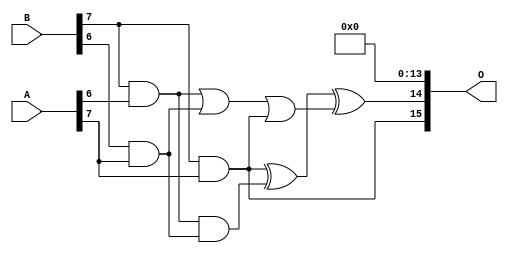
/***
* This code is a part of EvoApproxLib library (ehw.fit.vutbr.cz/approxlib) distributed under The MIT License.
* When used, please cite the following article(s): PRABAKARAN B. S., MRAZEK V., VASICEK Z., SEKANINA L., SHAFIQUE M. ApproxFPGAs: Embracing ASIC-based Approximate Arithmetic Components for FPGA-Based Systems. DAC 2020. 
***/
// MAE% = 0.0008 %
// MAE = 34222 
// WCE% = 0.005 %
// WCE = 213269 
// WCRE% = 103.12 %
// EP% = 99.99 %
// MRE% = 0.049 %
// MSE = 18219.121e5 
// FPGA_POWER = 3.8
// FPGA_DELAY = 16
// FPGA_LUT = 233

module mult8_cgp14ep_ep65536_wc16384_2_csamcsa (
    A,
    B,
    O
);

input [7:0] A;
input [7:0] B;
output [15:0] O;

wire sig_225,sig_267,sig_268,sig_299,sig_300,sig_302,sig_328,sig_331;

assign sig_225 = B[7] & A[6];
assign sig_267 = B[6] & A[7];
assign sig_268 = B[7] & A[7];
assign sig_299 = sig_225 | sig_267;
assign sig_300 = sig_225 & sig_267;
assign sig_302 = sig_299 | sig_268;
assign sig_328 = sig_268 ^ sig_300;
assign sig_331 = sig_328 ^ sig_302;

assign O[15] = sig_268;
assign O[14] = sig_331;
assign O[13] = 1'b0;
assign O[12] = 1'b0;
assign O[11] = 1'b0;
assign O[10] = 1'b0;
assign O[9] = 1'b0;
assign O[8] = 1'b0;
assign O[7] = 1'b0;
assign O[6] = 1'b0;
assign O[5] = 1'b0;
assign O[4] = 1'b0;
assign O[3] = 1'b0;
assign O[2] = 1'b0;
assign O[1] = 1'b0;
assign O[0] = 1'b0;

endmodule

module mult8_cgp14ep_ep64716_wc389_csamrca (
    A,
    B,
    O
);

input [7:0] A;
input [7:0] B;
output [15:0] O;

wire sig_23,sig_30,sig_31,sig_43,sig_44,sig_45,sig_47,sig_51,sig_52,sig_53,sig_79,sig_80,sig_81,sig_82,sig_83,sig_84,sig_85,sig_87,sig_88,sig_93;
wire sig_94,sig_95,sig_96,sig_117,sig_118,sig_122,sig_123,sig_124,sig_125,sig_126,sig_127,sig_128,sig_129,sig_130,sig_131,sig_136,sig_137,sig_138,sig_139,sig_157;
wire sig_158,sig_160,sig_161,sig_162,sig_163,sig_164,sig_165,sig_166,sig_167,sig_168,sig_169,sig_170,sig_171,sig_172,sig_173,sig_174,sig_177,sig_178,sig_179,sig_180;
wire sig_181,sig_182,sig_193,sig_194,sig_198,sig_199,sig_200,sig_201,sig_202,sig_203,sig_204,sig_205,sig_206,sig_207,sig_208,sig_209,sig_210,sig_211,sig_212,sig_213;
wire sig_214,sig_215,sig_216,sig_217,sig_220,sig_221,sig_222,sig_223,sig_224,sig_225,sig_235,sig_236,sig_237,sig_238,sig_239,sig_240,sig_241,sig_242,sig_243,sig_244;
wire sig_245,sig_246,sig_247,sig_248,sig_249,sig_250,sig_251,sig_252,sig_253,sig_254,sig_255,sig_256,sig_257,sig_258,sig_259,sig_260,sig_261,sig_262,sig_263,sig_264;
wire sig_265,sig_266,sig_267,sig_268,sig_274,sig_275,sig_276,sig_277,sig_278,sig_279,sig_280,sig_281,sig_282,sig_283,sig_284,sig_285,sig_286,sig_287,sig_288,sig_289;
wire sig_290,sig_291,sig_292,sig_293,sig_294,sig_295,sig_296,sig_297,sig_298,sig_299,sig_300,sig_301,sig_302,sig_303,sig_306,sig_307,sig_310,sig_311,sig_312,sig_313;
wire sig_314,sig_315,sig_316,sig_317,sig_318,sig_319,sig_320,sig_321,sig_322,sig_323,sig_324,sig_325,sig_326,sig_327,sig_328,sig_329,sig_330,sig_331,sig_332,sig_333;
wire sig_334,sig_335;

assign sig_23 = B[7] & A[0];
assign sig_30 = B[6] & A[1];
assign sig_31 = B[7] & A[1];
assign sig_43 = B[1] & A[6];
assign sig_44 = sig_23 | sig_30;
assign sig_45 = sig_23 & sig_30;
assign sig_47 = B[3] & A[4];
assign sig_51 = B[5] & A[2];
assign sig_52 = B[6] & A[2];
assign sig_53 = B[7] & A[2];
assign sig_79 = sig_44 ^ sig_51;
assign sig_80 = sig_44 & sig_51;
assign sig_81 = sig_79 & sig_43;
assign sig_82 = sig_79 ^ sig_43;
assign sig_83 = sig_80 | sig_81;
assign sig_84 = sig_31 ^ sig_52;
assign sig_85 = sig_31 & sig_52;
assign sig_87 = sig_84 ^ sig_45;
assign sig_88 = sig_85 | sig_45;
assign sig_93 = B[4] & A[3];
assign sig_94 = B[5] & A[3];
assign sig_95 = B[6] & A[3];
assign sig_96 = B[7] & A[3];
assign sig_117 = sig_82 | sig_93;
assign sig_118 = sig_82 & sig_93;
assign sig_122 = sig_87 ^ sig_94;
assign sig_123 = sig_87 & sig_94;
assign sig_124 = sig_122 & sig_83;
assign sig_125 = sig_122 ^ sig_83;
assign sig_126 = sig_123 | sig_124;
assign sig_127 = sig_53 ^ sig_95;
assign sig_128 = sig_53 & sig_95;
assign sig_129 = sig_127 & sig_88;
assign sig_130 = sig_127 ^ sig_88;
assign sig_131 = sig_128 | sig_129;
assign sig_136 = B[4] & A[4];
assign sig_137 = B[5] & A[4];
assign sig_138 = B[6] & A[4];
assign sig_139 = B[7] & A[4];
assign sig_157 = sig_117 & sig_47;
assign sig_158 = sig_117 | sig_47;
assign sig_160 = sig_125 ^ sig_136;
assign sig_161 = sig_125 & sig_136;
assign sig_162 = sig_160 & sig_118;
assign sig_163 = sig_160 ^ sig_118;
assign sig_164 = sig_161 | sig_162;
assign sig_165 = sig_130 ^ sig_137;
assign sig_166 = sig_130 & sig_137;
assign sig_167 = sig_165 & sig_126;
assign sig_168 = sig_165 ^ sig_126;
assign sig_169 = sig_166 | sig_167;
assign sig_170 = sig_96 ^ sig_138;
assign sig_171 = sig_96 & sig_138;
assign sig_172 = sig_170 & sig_131;
assign sig_173 = sig_170 ^ sig_131;
assign sig_174 = sig_171 | sig_172;
assign sig_177 = B[2] & A[5];
assign sig_178 = B[3] & A[5];
assign sig_179 = B[4] & A[5];
assign sig_180 = B[5] & A[5];
assign sig_181 = B[6] & A[5];
assign sig_182 = B[7] & A[5];
assign sig_193 = sig_158 | sig_177;
assign sig_194 = sig_158 & sig_177;
assign sig_198 = sig_163 ^ sig_178;
assign sig_199 = sig_163 & sig_178;
assign sig_200 = sig_198 & sig_157;
assign sig_201 = sig_198 ^ sig_157;
assign sig_202 = sig_199 | sig_200;
assign sig_203 = sig_168 ^ sig_179;
assign sig_204 = sig_168 & sig_179;
assign sig_205 = sig_203 & sig_164;
assign sig_206 = sig_203 ^ sig_164;
assign sig_207 = sig_204 | sig_205;
assign sig_208 = sig_173 ^ sig_180;
assign sig_209 = sig_173 & sig_180;
assign sig_210 = sig_208 & sig_169;
assign sig_211 = sig_208 ^ sig_169;
assign sig_212 = sig_209 | sig_210;
assign sig_213 = sig_139 ^ sig_181;
assign sig_214 = sig_139 & sig_181;
assign sig_215 = sig_213 & sig_174;
assign sig_216 = sig_213 ^ sig_174;
assign sig_217 = sig_214 | sig_215;
assign sig_220 = B[2] & A[6];
assign sig_221 = B[3] & A[6];
assign sig_222 = B[4] & A[6];
assign sig_223 = B[5] & A[6];
assign sig_224 = B[6] & A[6];
assign sig_225 = B[7] & A[6];
assign sig_235 = sig_223 | sig_193;
assign sig_236 = sig_201 ^ sig_220;
assign sig_237 = sig_201 & sig_220;
assign sig_238 = sig_236 & sig_194;
assign sig_239 = sig_236 ^ sig_194;
assign sig_240 = sig_237 | sig_238;
assign sig_241 = sig_206 ^ sig_221;
assign sig_242 = sig_206 & sig_221;
assign sig_243 = sig_241 & sig_202;
assign sig_244 = sig_241 ^ sig_202;
assign sig_245 = sig_242 | sig_243;
assign sig_246 = sig_211 ^ sig_222;
assign sig_247 = sig_211 & sig_222;
assign sig_248 = sig_246 & sig_207;
assign sig_249 = sig_246 ^ sig_207;
assign sig_250 = sig_247 | sig_248;
assign sig_251 = sig_216 ^ sig_223;
assign sig_252 = sig_216 & sig_223;
assign sig_253 = sig_251 & sig_212;
assign sig_254 = sig_251 ^ sig_212;
assign sig_255 = sig_252 | sig_253;
assign sig_256 = sig_182 ^ sig_224;
assign sig_257 = sig_182 & sig_224;
assign sig_258 = sig_256 & sig_217;
assign sig_259 = sig_256 ^ sig_217;
assign sig_260 = sig_257 | sig_258;
assign sig_261 = B[0] & A[7];
assign sig_262 = B[1] & A[7];
assign sig_263 = B[2] & A[7];
assign sig_264 = B[3] & A[7];
assign sig_265 = B[4] & A[7];
assign sig_266 = B[5] & A[7];
assign sig_267 = B[6] & A[7];
assign sig_268 = B[7] & A[7];
assign sig_274 = sig_239 ^ sig_262;
assign sig_275 = sig_239 & sig_262;
assign sig_276 = sig_274 & sig_235;
assign sig_277 = sig_274 ^ sig_235;
assign sig_278 = sig_275 | sig_276;
assign sig_279 = sig_244 ^ sig_263;
assign sig_280 = sig_244 & sig_263;
assign sig_281 = sig_279 & sig_240;
assign sig_282 = sig_279 ^ sig_240;
assign sig_283 = sig_280 | sig_281;
assign sig_284 = sig_249 ^ sig_264;
assign sig_285 = sig_249 & sig_264;
assign sig_286 = sig_284 & sig_245;
assign sig_287 = sig_284 ^ sig_245;
assign sig_288 = sig_285 | sig_286;
assign sig_289 = sig_254 ^ sig_265;
assign sig_290 = sig_254 & sig_265;
assign sig_291 = sig_289 & sig_250;
assign sig_292 = sig_289 ^ sig_250;
assign sig_293 = sig_290 | sig_291;
assign sig_294 = sig_259 ^ sig_266;
assign sig_295 = sig_259 & sig_266;
assign sig_296 = sig_294 & sig_255;
assign sig_297 = sig_294 ^ sig_255;
assign sig_298 = sig_295 | sig_296;
assign sig_299 = sig_225 ^ sig_267;
assign sig_300 = sig_225 & sig_267;
assign sig_301 = sig_299 & sig_260;
assign sig_302 = sig_299 ^ sig_260;
assign sig_303 = sig_300 | sig_301;
assign sig_306 = sig_282 ^ sig_278;
assign sig_307 = sig_282 & sig_278;
assign sig_310 = sig_307 & sig_282;
assign sig_311 = sig_287 ^ sig_283;
assign sig_312 = sig_287 & sig_283;
assign sig_313 = sig_311 & sig_307;
assign sig_314 = sig_311 ^ sig_310;
assign sig_315 = sig_312 | sig_313;
assign sig_316 = sig_292 ^ sig_288;
assign sig_317 = sig_292 & sig_288;
assign sig_318 = sig_316 & sig_315;
assign sig_319 = sig_316 ^ sig_315;
assign sig_320 = sig_317 | sig_318;
assign sig_321 = sig_297 ^ sig_293;
assign sig_322 = sig_297 & sig_293;
assign sig_323 = sig_321 & sig_320;
assign sig_324 = sig_321 ^ sig_320;
assign sig_325 = sig_322 | sig_323;
assign sig_326 = sig_302 ^ sig_298;
assign sig_327 = sig_302 & sig_298;
assign sig_328 = sig_326 & sig_325;
assign sig_329 = sig_326 ^ sig_325;
assign sig_330 = sig_327 | sig_328;
assign sig_331 = sig_268 ^ sig_303;
assign sig_332 = A[7] & sig_303;
assign sig_333 = sig_331 & sig_330;
assign sig_334 = sig_331 ^ sig_330;
assign sig_335 = sig_332 | sig_333;

assign O[15] = sig_335;
assign O[14] = sig_334;
assign O[13] = sig_329;
assign O[12] = sig_324;
assign O[11] = sig_319;
assign O[10] = sig_314;
assign O[9] = sig_306;
assign O[8] = sig_277;
assign O[7] = sig_261;
assign O[6] = sig_52;
assign O[5] = 1'b0;
assign O[4] = sig_204;
assign O[3] = sig_268;
assign O[2] = sig_82;
assign O[1] = 1'b0;
assign O[0] = sig_181;

endmodule


module trun8_tam00b ( A, B, O );
  input [7:0] A;
  input [7:0] B;
  output [15:0] O;

  wire C_1_0,C_1_1,C_1_2,C_1_3,C_1_4,C_1_5,C_1_6,C_2_0,C_2_1,C_2_2,C_2_3,C_2_4,C_2_5,C_2_6,C_3_0,C_3_1,C_3_2,C_3_3,C_3_4,C_3_5,C_3_6,C_4_0,C_4_1,C_4_2,C_4_3,C_4_4,C_4_5,C_4_6,C_5_0,C_5_1,C_5_2,C_5_3,C_5_4,C_5_5,C_5_6,C_6_0,C_6_1,C_6_2,C_6_3,C_6_4,C_6_5,C_6_6,C_7_0,C_7_1,C_7_2,C_7_3,C_7_4,C_7_5,C_7_6,S_0_0,S_0_1,S_0_2,S_0_3,S_0_4,S_0_5,S_0_6,S_0_7,S_1_0,S_1_1,S_1_2,S_1_3,S_1_4,S_1_5,S_1_6,S_1_7,S_2_0,S_2_1,S_2_2,S_2_3,S_2_4,S_2_5,S_2_6,S_2_7,S_3_0,S_3_1,S_3_2,S_3_3,S_3_4,S_3_5,S_3_6,S_3_7,S_4_0,S_4_1,S_4_2,S_4_3,S_4_4,S_4_5,S_4_6,S_4_7,S_5_0,S_5_1,S_5_2,S_5_3,S_5_4,S_5_5,S_5_6,S_5_7,S_6_0,S_6_1,S_6_2,S_6_3,S_6_4,S_6_5,S_6_6,S_6_7,S_7_0,S_7_1,S_7_2,S_7_3,S_7_4,S_7_5,S_7_6,S_7_7,S_8_0,S_8_1,S_8_2,S_8_3,S_8_4,S_8_5,S_8_6,S_8_7;

  assign S_0_0 = (A[0] & B[0]);
  assign S_0_1 = (A[0] & B[1]);
  assign S_0_2 = (A[0] & B[2]);
  assign S_0_3 = (A[0] & B[3]);
  assign S_0_4 = (A[0] & B[4]);
  assign S_0_5 = (A[0] & B[5]);
  assign S_0_6 = (A[0] & B[6]);
  assign S_0_7 = (A[0] & B[7]);
  PDKGENHAX1 U13609 (.A(S_0_1), .B((A[1] & B[0])), .YS(S_1_0), .YC(C_1_0));
  PDKGENHAX1 U13610 (.A(S_0_2), .B((A[1] & B[1])), .YS(S_1_1), .YC(C_1_1));
  PDKGENHAX1 U13611 (.A(S_0_3), .B((A[1] & B[2])), .YS(S_1_2), .YC(C_1_2));
  PDKGENHAX1 U13612 (.A(S_0_4), .B((A[1] & B[3])), .YS(S_1_3), .YC(C_1_3));
  PDKGENHAX1 U13613 (.A(S_0_5), .B((A[1] & B[4])), .YS(S_1_4), .YC(C_1_4));
  PDKGENHAX1 U13614 (.A(S_0_6), .B((A[1] & B[5])), .YS(S_1_5), .YC(C_1_5));
  PDKGENHAX1 U13615 (.A(S_0_7), .B((A[1] & B[6])), .YS(S_1_6), .YC(C_1_6));
  assign S_1_7 = (A[1] & B[7]);
  PDKGENFAX1 U13617 (.A(S_1_1), .B(C_1_0), .C((A[2] & B[0])), .YS(S_2_0), .YC(C_2_0));
  PDKGENFAX1 U13618 (.A(S_1_2), .B(C_1_1), .C((A[2] & B[1])), .YS(S_2_1), .YC(C_2_1));
  PDKGENFAX1 U13619 (.A(S_1_3), .B(C_1_2), .C((A[2] & B[2])), .YS(S_2_2), .YC(C_2_2));
  PDKGENFAX1 U13620 (.A(S_1_4), .B(C_1_3), .C((A[2] & B[3])), .YS(S_2_3), .YC(C_2_3));
  PDKGENFAX1 U13621 (.A(S_1_5), .B(C_1_4), .C((A[2] & B[4])), .YS(S_2_4), .YC(C_2_4));
  PDKGENFAX1 U13622 (.A(S_1_6), .B(C_1_5), .C((A[2] & B[5])), .YS(S_2_5), .YC(C_2_5));
  PDKGENFAX1 U13623 (.A(S_1_7), .B(C_1_6), .C((A[2] & B[6])), .YS(S_2_6), .YC(C_2_6));
  assign S_2_7 = (A[2] & B[7]);
  PDKGENFAX1 U13625 (.A(S_2_1), .B(C_2_0), .C((A[3] & B[0])), .YS(S_3_0), .YC(C_3_0));
  PDKGENFAX1 U13626 (.A(S_2_2), .B(C_2_1), .C((A[3] & B[1])), .YS(S_3_1), .YC(C_3_1));
  PDKGENFAX1 U13627 (.A(S_2_3), .B(C_2_2), .C((A[3] & B[2])), .YS(S_3_2), .YC(C_3_2));
  PDKGENFAX1 U13628 (.A(S_2_4), .B(C_2_3), .C((A[3] & B[3])), .YS(S_3_3), .YC(C_3_3));
  PDKGENFAX1 U13629 (.A(S_2_5), .B(C_2_4), .C((A[3] & B[4])), .YS(S_3_4), .YC(C_3_4));
  PDKGENFAX1 U13630 (.A(S_2_6), .B(C_2_5), .C((A[3] & B[5])), .YS(S_3_5), .YC(C_3_5));
  PDKGENFAX1 U13631 (.A(S_2_7), .B(C_2_6), .C((A[3] & B[6])), .YS(S_3_6), .YC(C_3_6));
  assign S_3_7 = (A[3] & B[7]);
  PDKGENFAX1 U13633 (.A(S_3_1), .B(C_3_0), .C((A[4] & B[0])), .YS(S_4_0), .YC(C_4_0));
  PDKGENFAX1 U13634 (.A(S_3_2), .B(C_3_1), .C((A[4] & B[1])), .YS(S_4_1), .YC(C_4_1));
  PDKGENFAX1 U13635 (.A(S_3_3), .B(C_3_2), .C((A[4] & B[2])), .YS(S_4_2), .YC(C_4_2));
  PDKGENFAX1 U13636 (.A(S_3_4), .B(C_3_3), .C((A[4] & B[3])), .YS(S_4_3), .YC(C_4_3));
  PDKGENFAX1 U13637 (.A(S_3_5), .B(C_3_4), .C((A[4] & B[4])), .YS(S_4_4), .YC(C_4_4));
  PDKGENFAX1 U13638 (.A(S_3_6), .B(C_3_5), .C((A[4] & B[5])), .YS(S_4_5), .YC(C_4_5));
  PDKGENFAX1 U13639 (.A(S_3_7), .B(C_3_6), .C((A[4] & B[6])), .YS(S_4_6), .YC(C_4_6));
  assign S_4_7 = (A[4] & B[7]);
  PDKGENFAX1 U13641 (.A(S_4_1), .B(C_4_0), .C((A[5] & B[0])), .YS(S_5_0), .YC(C_5_0));
  PDKGENFAX1 U13642 (.A(S_4_2), .B(C_4_1), .C((A[5] & B[1])), .YS(S_5_1), .YC(C_5_1));
  PDKGENFAX1 U13643 (.A(S_4_3), .B(C_4_2), .C((A[5] & B[2])), .YS(S_5_2), .YC(C_5_2));
  PDKGENFAX1 U13644 (.A(S_4_4), .B(C_4_3), .C((A[5] & B[3])), .YS(S_5_3), .YC(C_5_3));
  PDKGENFAX1 U13645 (.A(S_4_5), .B(C_4_4), .C((A[5] & B[4])), .YS(S_5_4), .YC(C_5_4));
  PDKGENFAX1 U13646 (.A(S_4_6), .B(C_4_5), .C((A[5] & B[5])), .YS(S_5_5), .YC(C_5_5));
  PDKGENFAX1 U13647 (.A(S_4_7), .B(C_4_6), .C((A[5] & B[6])), .YS(S_5_6), .YC(C_5_6));
  assign S_5_7 = (A[5] & B[7]);
  PDKGENFAX1 U13649 (.A(S_5_1), .B(C_5_0), .C((A[6] & B[0])), .YS(S_6_0), .YC(C_6_0));
  PDKGENFAX1 U13650 (.A(S_5_2), .B(C_5_1), .C((A[6] & B[1])), .YS(S_6_1), .YC(C_6_1));
  PDKGENFAX1 U13651 (.A(S_5_3), .B(C_5_2), .C((A[6] & B[2])), .YS(S_6_2), .YC(C_6_2));
  PDKGENFAX1 U13652 (.A(S_5_4), .B(C_5_3), .C((A[6] & B[3])), .YS(S_6_3), .YC(C_6_3));
  PDKGENFAX1 U13653 (.A(S_5_5), .B(C_5_4), .C((A[6] & B[4])), .YS(S_6_4), .YC(C_6_4));
  PDKGENFAX1 U13654 (.A(S_5_6), .B(C_5_5), .C((A[6] & B[5])), .YS(S_6_5), .YC(C_6_5));
  PDKGENFAX1 U13655 (.A(S_5_7), .B(C_5_6), .C((A[6] & B[6])), .YS(S_6_6), .YC(C_6_6));
  assign S_6_7 = (A[6] & B[7]);
  PDKGENFAX1 U13657 (.A(S_6_1), .B(C_6_0), .C((A[7] & B[0])), .YS(S_7_0), .YC(C_7_0));
  PDKGENFAX1 U13658 (.A(S_6_2), .B(C_6_1), .C((A[7] & B[1])), .YS(S_7_1), .YC(C_7_1));
  PDKGENFAX1 U13659 (.A(S_6_3), .B(C_6_2), .C((A[7] & B[2])), .YS(S_7_2), .YC(C_7_2));
  PDKGENFAX1 U13660 (.A(S_6_4), .B(C_6_3), .C((A[7] & B[3])), .YS(S_7_3), .YC(C_7_3));
  PDKGENFAX1 U13661 (.A(S_6_5), .B(C_6_4), .C((A[7] & B[4])), .YS(S_7_4), .YC(C_7_4));
  PDKGENFAX1 U13662 (.A(S_6_6), .B(C_6_5), .C((A[7] & B[5])), .YS(S_7_5), .YC(C_7_5));
  PDKGENFAX1 U13663 (.A(S_6_7), .B(C_6_6), .C((A[7] & B[6])), .YS(S_7_6), .YC(C_7_6));
  assign S_7_7 = (A[7] & B[7]);
  assign {S_8_7, S_8_6, S_8_5, S_8_4, S_8_3, S_8_2, S_8_1, S_8_0} = {C_7_6, C_7_5, C_7_4, C_7_3, C_7_2, C_7_1, C_7_0} + {S_7_7, S_7_6, S_7_5, S_7_4, S_7_3, S_7_2, S_7_1};
  assign O = {S_8_7,S_8_6,S_8_5,S_8_4,S_8_3,S_8_2,S_8_1,S_8_0,S_7_0,S_6_0,S_5_0,S_4_0,S_3_0,S_2_0,S_1_0,S_0_0};

endmodule
module CLA32bit(a,b,c_in,sum,c_out);

input [31:0]a,b;
input c_in;
output [31:0]sum;
output c_out;

wire [31:0] sum_out,  p,  g;
wire [7:0] PPP, GGG;
wire [8:0] CC;

assign p[31:0] = a[31:0] ^ b[31:0];
assign g[31:0] = a[31:0] & b[31:0];

assign PPP[0]= p [3] & p [2] & p [1] & p [0];
assign PPP[1]= p [7] & p [6] & p [5] & p [4];
assign PPP[2]= p[11] & p[10] & p [9] & p [8];
assign PPP[3]= p[15] & p[14] & p[13] & p[12];
assign PPP[4]= p[19] & p[18] & p[17] & p[16];
assign PPP[5]= p[23] & p[22] & p[21] & p[20];
assign PPP[6]= p[27] & p[26] & p[25] & p[24];
assign PPP[7]= p[31] & p[30] & p[29] & p[28];

assign GGG[0]= g[3]  | (p [3] & g [2])  | (p [3] & p [2] & g [1])  | (p [3] & p [2] & p [1] & g [0]) ;
assign GGG[1]= g[7]  | (p [7] & g [6])  | (p [7] & p [6] & g [5])  | (p [7] & p [6] & p [5] & g [4]);
assign GGG[2]= g[11] | (p[11] & g[10])  | (p[11] & p[10] & g [9])  | (p[11] & p[10] & p [9] & g [8]);
assign GGG[3]= g[15] | (p[15] & g[14])  | (p[15] & p[14] & g[13])  | (p[15] & p[14] & p[13] & g[12]);
assign GGG[4]= g[19] | (p[19] & g[18])  | (p[19] & p[18] & g[17])  | (p[19] & p[18] & p[17] & g[16]);
assign GGG[5]= g[23] | (p[23] & g[22])  | (p[23] & p[22] & g[21])  | (p[23] & p[22] & p[21] & g[20]);
assign GGG[6]= g[27] | (p[27] & g[26])  | (p[27] & p[26] & g[25])  | (p[27] & p[26] & p[25] & g[24]);
assign GGG[7]= g[31] | (p[31] & g[30])  | (p[31] & p[30] & g[29])  | (p[31] & p[30] & p[29] & g[28]);
assign CC[0] = c_in;
assign CC[1] = GGG[0]  |  PPP[0]&  CC[0];
assign CC[2] = GGG[1]  |  PPP[1]&GGG[0]  |  PPP[1]&PPP[0]&  CC[0];
assign CC[3] = GGG[2]  |  PPP[2]&GGG[1]  |  PPP[2]&PPP[1]&GGG[0]  |  PPP[2]&PPP[1]&PPP[0]&  CC[0];
assign CC[4] = GGG[3]  |  PPP[3]&GGG[2]  |  PPP[3]&PPP[2]&GGG[1]  |  PPP[3]&PPP[2]&PPP[1]&GGG[0]  |  PPP[3]&PPP[2]&PPP[1]&PPP[0]&  CC[0];
assign CC[5] = GGG[4]  |  PPP[4]&GGG[3]  |  PPP[4]&PPP[3]&GGG[2]  |  PPP[4]&PPP[3]&PPP[2]&GGG[1]  |  PPP[4]&PPP[3]&PPP[2]&PPP[1]&GGG[0] |  PPP[4]&PPP[3]&PPP[2]&PPP[1]&PPP[0]&  CC[0];
assign CC[6] = GGG[5]  |  PPP[5]&GGG[4]  |  PPP[5]&PPP[4]&GGG[3]  |  PPP[5]&PPP[4]&PPP[3]&GGG[2]  |  PPP[5]&PPP[4]&PPP[3]&PPP[2]&GGG[1] |  PPP[5]&PPP[4]&PPP[3]&PPP[2]&PPP[1]&GGG[0] |  PPP[5]&PPP[4]&PPP[3]&PPP[2]&PPP[1]&PPP[0]& CC[0];
assign CC[7] = GGG[6]  | PPP[6]&GGG[5]  |  PPP[6]&PPP[5]&GGG[4]  |  PPP[6]&PPP[5]&PPP[4]&GGG[3]  |  PPP[6]&PPP[5]&PPP[4]&PPP[3]&GGG[2]  |  PPP[6]&PPP[5]&PPP[4]&PPP[3]&PPP[2]&GGG[1] |  PPP[6]&PPP[5]&PPP[4]&PPP[3]&PPP[2]&PPP[1]&GGG[0] |  PPP[6]&PPP[5]&PPP[4]&PPP[3]&PPP[2]&PPP[1]&PPP[0] & CC[0];
assign CC[8] = GGG[7] | PPP[7]&GGG[6]  | PPP[7]&PPP[6]&GGG[5]  |  PPP[7]&PPP[6]&PPP[5]&GGG[4]  |  PPP[7]&PPP[6]&PPP[5]&PPP[4]&GGG[3]  |  PPP[7]&PPP[6]&PPP[5]&PPP[4]&PPP[3]&GGG[2]  |  PPP[7]&PPP[6]&PPP[5]&PPP[4]&PPP[3]&PPP[2]&GGG[1] |  PPP[7]&PPP[6]&PPP[5]&PPP[4]&PPP[3]&PPP[2]&PPP[1]&GGG[0] |  PPP[7]&PPP[6]&PPP[5]&PPP[4]&PPP[3]&PPP[2]&PPP[1]&PPP[0] & CC[0];
cla_4bit cla4bit1(.aa(a  [3:0]),  .bb(b  [3:0]),  .cin(CC[0]),   .pp(p  [3:0]),  .gg(g  [3:0]),   .summ(sum  [3:0]));
cla_4bit cla4bit2(.aa(a  [7:4]),  .bb(b  [7:4]),  .cin(CC[1]),   .pp(p  [7:4]),  .gg(g  [7:4]),   .summ(sum  [7:4]));
cla_4bit cla4bit3(.aa(a [11:8]),  .bb(b [11:8]),  .cin(CC[2]),   .pp(p [11:8]),  .gg(g [11:8]),   .summ(sum [11:8]));
cla_4bit cla4bit4(.aa(a[15:12]),  .bb(b[15:12]),  .cin(CC[3]),   .pp(p[15:12]),  .gg(g[15:12]),   .summ(sum[15:12]));
cla_4bit cla4bit5(.aa(a[19:16]),  .bb(b[19:16]),  .cin(CC[4]),   .pp(p[19:16]),  .gg(g[19:16]),   .summ(sum[19:16]));
cla_4bit cla4bit6(.aa(a[23:20]),  .bb(b[23:20]),  .cin(CC[5]),   .pp(p[23:20]),  .gg(g[23:20]),   .summ(sum[23:20]));
cla_4bit cla4bit7(.aa(a[27:24]),  .bb(b[27:24]),  .cin(CC[6]),   .pp(p[27:24]),  .gg(g[27:24]),   .summ(sum[27:24]));
cla_4bit cla4bit8(.aa(a[31:28]),  .bb(b[31:28]),  .cin(CC[7]),   .pp(p[31:28]),  .gg(g[31:28]),   .summ(sum[31:28]));

assign c_out=CC[8];

endmodule
module cla_4bit(aa,bb,cin,summ,pp,gg);
input  [3:0] aa,bb,pp,gg;  
input cin;
output [3:0] summ;

wire [3:0] c;

   assign c[0] = cin;
   assign c[1] = gg[0] | (pp[0] & c[0]);
   assign c[2] = gg[1] | (pp[1] & gg[0]) | (pp[1] & pp[0] & c[0]);
   assign c[3] = gg[2] | (pp[2] & gg[1]) | (pp[2] & pp[1] & gg[0])| (pp[2] & pp[1] & pp[0] & c[0]);

   assign summ[3:0] = pp[3:0]  ^  c[3:0];
endmodule

`timescale 1ns/100ps
module mul16u_4Y6 ( input[15:0] A,
                   input[15:0] B,
                   output [31:0] O
                 );

wire [15:0] ll,lh,hl,hh;
wire [31:0] llhhlh_sum;
wire [31:0] shifted_llhh, shifted_lh, shifted_hl;

localparam MAX1 = 15;
localparam MIN1 = 8;

localparam MAX2 = 7;
localparam MIN2 = 0;

mult8_cgp14ep_ep65536_wc16384_2_csamcsa LxL (.A(A[MAX2:MIN2]), .B(B[MAX2:MIN2]), .O(ll));
mult8_cgp14ep_ep64716_wc389_csamrca HxL (.A(A[MAX1:MIN1]), .B(B[MAX2:MIN2]), .O(hl));
mult8_cgp14ep_ep64716_wc389_csamrca LxH (.A(A[MAX2:MIN2]), .B(B[MAX1:MIN1]), .O(lh));
trun8_tam00b HxH (.A(A[MAX1:MIN1]), .B(B[MAX1:MIN1]), .O(hh));

assign shifted_llhh = { hh, ll }; 
assign shifted_lh = { {8{1'b0}}, lh, {8{1'b0}}}; 
assign shifted_hl = { {8{1'b0}}, hl, {8{1'b0}}};
CLA32bit LLHHLH (.a(shifted_llhh), .b(shifted_lh), .c_in(1'b0), .sum(llhhlh_sum), .c_out());
CLA32bit SUMO (.a(llhhlh_sum), .b(shifted_hl), .c_in(1'b0), .sum(O), .c_out());

endmodule


/* mod */
module PDKGENFAX1( input A, input B, input C, output YS, output YC );
    assign YS = (A ^ B) ^ C;
    assign YC = (A & B) | (B & C) | (A & C);
endmodule
/* mod */
module PDKGENHAX1( input A, input B, output YS, output YC );
    assign YS = A ^ B;
    assign YC = A & B;
endmodule